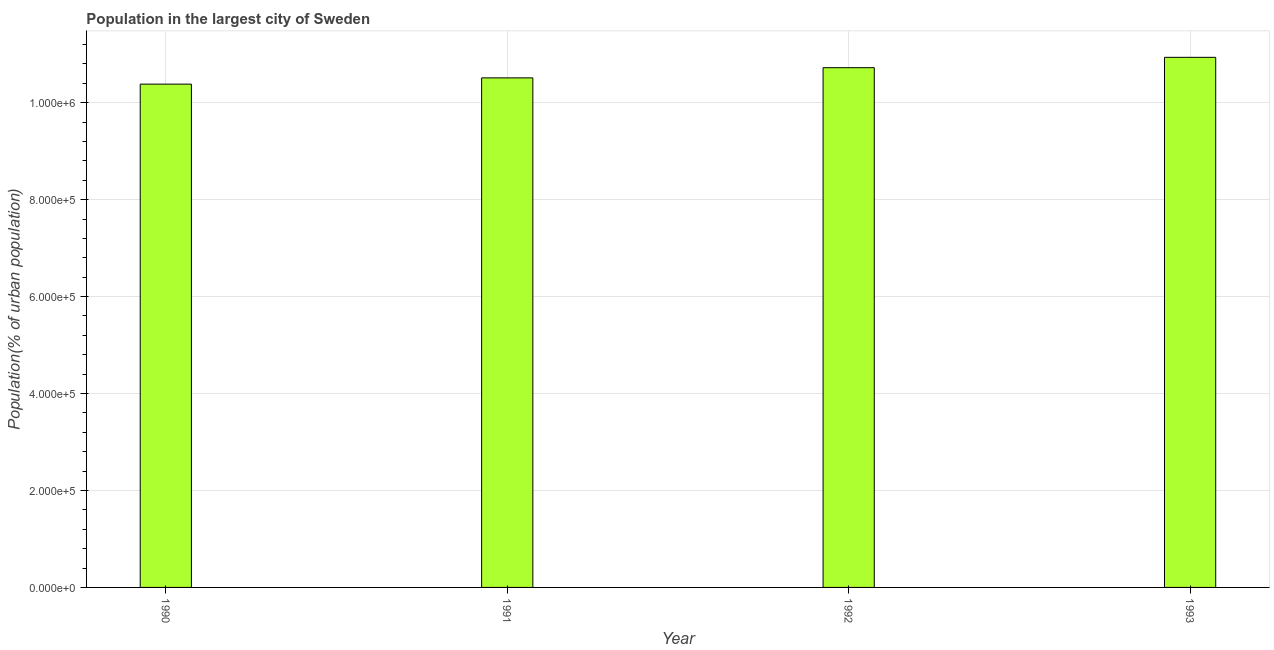
| Year | Population in largest city |
 | --- | --- |
 | 1990 | 1.04e+06 |
 | 1991 | 1.05e+06 |
 | 1992 | 1.07e+06 |
 | 1993 | 1.09e+06 |